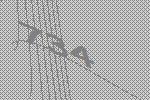
734